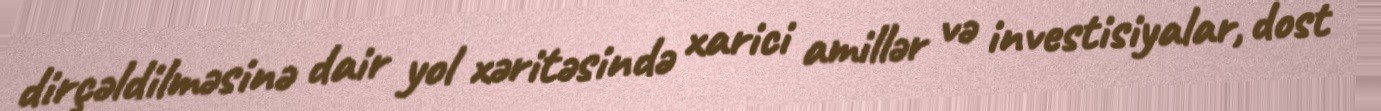
dirçəldilməsinə dair yol xəritəsində xarici amillər və investisiyalar, dost